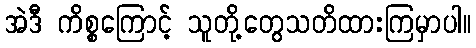
အဲဒီ ကိစ္စကြောင့် သူတို့တွေသတိထားကြမှာပါ။